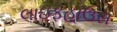
લાઇફહાઉસ